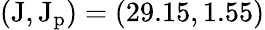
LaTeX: (\mathrm{{J},\mathrm{{J_{p}})=(29.15,1.55)}}